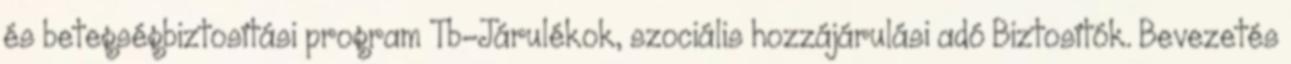
és betegségbiztosítási program Tb-Járulékok, szociális hozzájárulási adó Biztosítók. Bevezetés